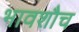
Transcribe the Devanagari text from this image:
भावशौच